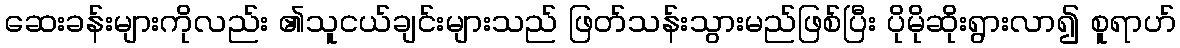
ဆေးခန်းများကိုလည်း ၏သူငယ်ချင်းများသည် ဖြတ်သန်းသွားမည်ဖြစ်ပြီး ပိုမိုဆိုးရွားလာ၍ စူရာဟ်